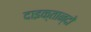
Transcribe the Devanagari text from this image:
दाइक्तान्दो